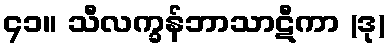
၄၁။ သီလက္ခန်ဘာသာဋီကာ (ဒု)